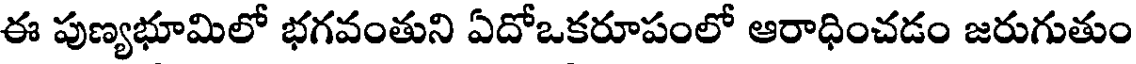
ఈ పుణ్యభూమిలో భగవంతుని ఏదోఒకరూపంలో ఆరాధించడం జరుగుతుం